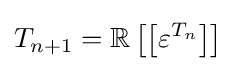
T_{n+1}=\mathbb {R} \left[\left[\varepsilon ^{T_{n}}\right]\right]